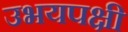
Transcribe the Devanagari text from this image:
उभयपक्षी